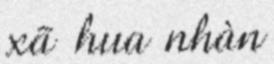
xã hua nhàn